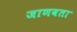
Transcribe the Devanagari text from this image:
जाणवता